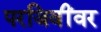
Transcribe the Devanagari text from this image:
परजिवींवर